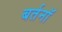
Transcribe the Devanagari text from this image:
बर्तनॉ